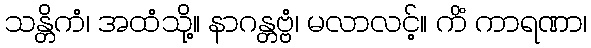
သန္တိကံ၊ အထံသို့။ နာဂန္တဗ္ဗံ၊ မလာလင့်။ ကိံ ကာရဏာ၊